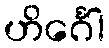
ဟိင်္ဂေါ